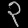
Digit: ၃